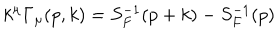
LaTeX: k ^ { \mu } \Gamma _ { \mu } ( p , k ) = S _ { F } ^ { - 1 } ( p + k ) - S _ { F } ^ { - 1 } ( p )